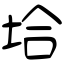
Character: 垥